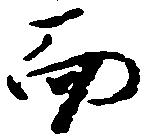
而